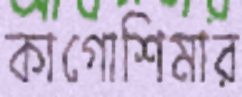
কাগোশিমার